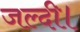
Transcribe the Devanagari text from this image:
जल्दी।